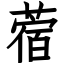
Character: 蓿